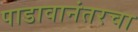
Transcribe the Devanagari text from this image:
पाडावानंतरचा